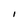
Character: I